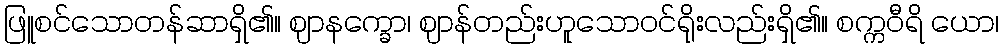
ဖြူစင်သောတန်ဆာရှိ၏။ ဈာနက္ခော၊ ဈာန်တည်းဟူသောဝင်ရိုးလည်းရှိ၏။ စက္ကဝီရိ ယော၊